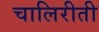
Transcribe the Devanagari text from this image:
चालिरीती